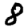
Digit: 8